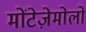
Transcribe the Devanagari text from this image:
मोंटेज़ेमोलो